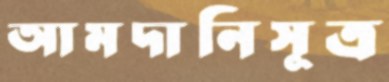
আমদানিসূত্র